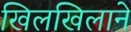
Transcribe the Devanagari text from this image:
खिलखिलाने